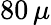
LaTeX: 80\, \mu